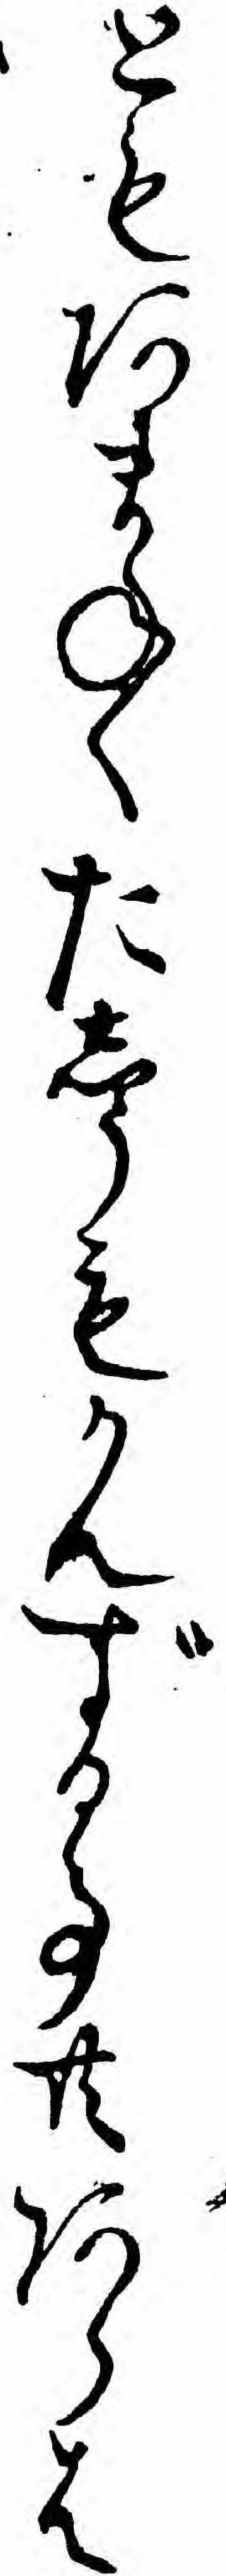
ともあまねくたしうもかんずる事共あらは